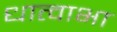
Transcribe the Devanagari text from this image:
धात्वाभा